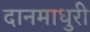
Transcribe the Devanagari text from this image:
दानमाधुरी